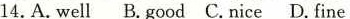
14.A.Well B.good C.Nice D.fine